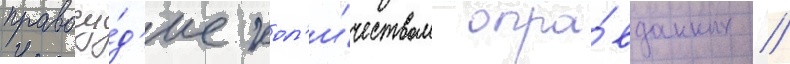
правосу́д'ие кол'и́чеством опра́вданных //